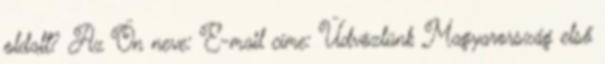
oldalt? Az Ön neve: E-mail címe: Üdvözlünk Magyarország első